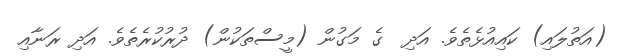
(އަތުލައި) ކައިއުޅެތެވެ. އަދި  ގެ މަގުން (މީސްތަކުން) ދުރުކުރެތެވެ. އަދި ރަނާއި